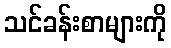
သင်ခန်းစာများကို